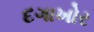
દગાખોર